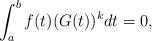
LaTeX: \begin{align*}\int_a^bf(t)(G(t))^kdt=0,\end{align*}